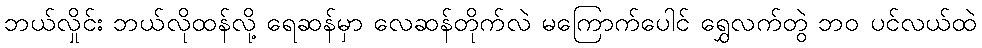
ဘယ်လှိုင်း ဘယ်လိုထန်လို့ ရေဆန်မှာ လေဆန်တိုက်လဲ မကြောက်ပေါင် ရွှေလက်တွဲ ဘဝ ပင်လယ်ထဲ